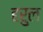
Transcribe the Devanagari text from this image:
हरुल